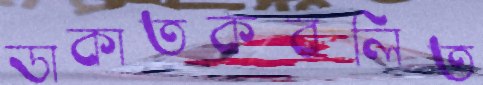
ডাকাতকবলিত